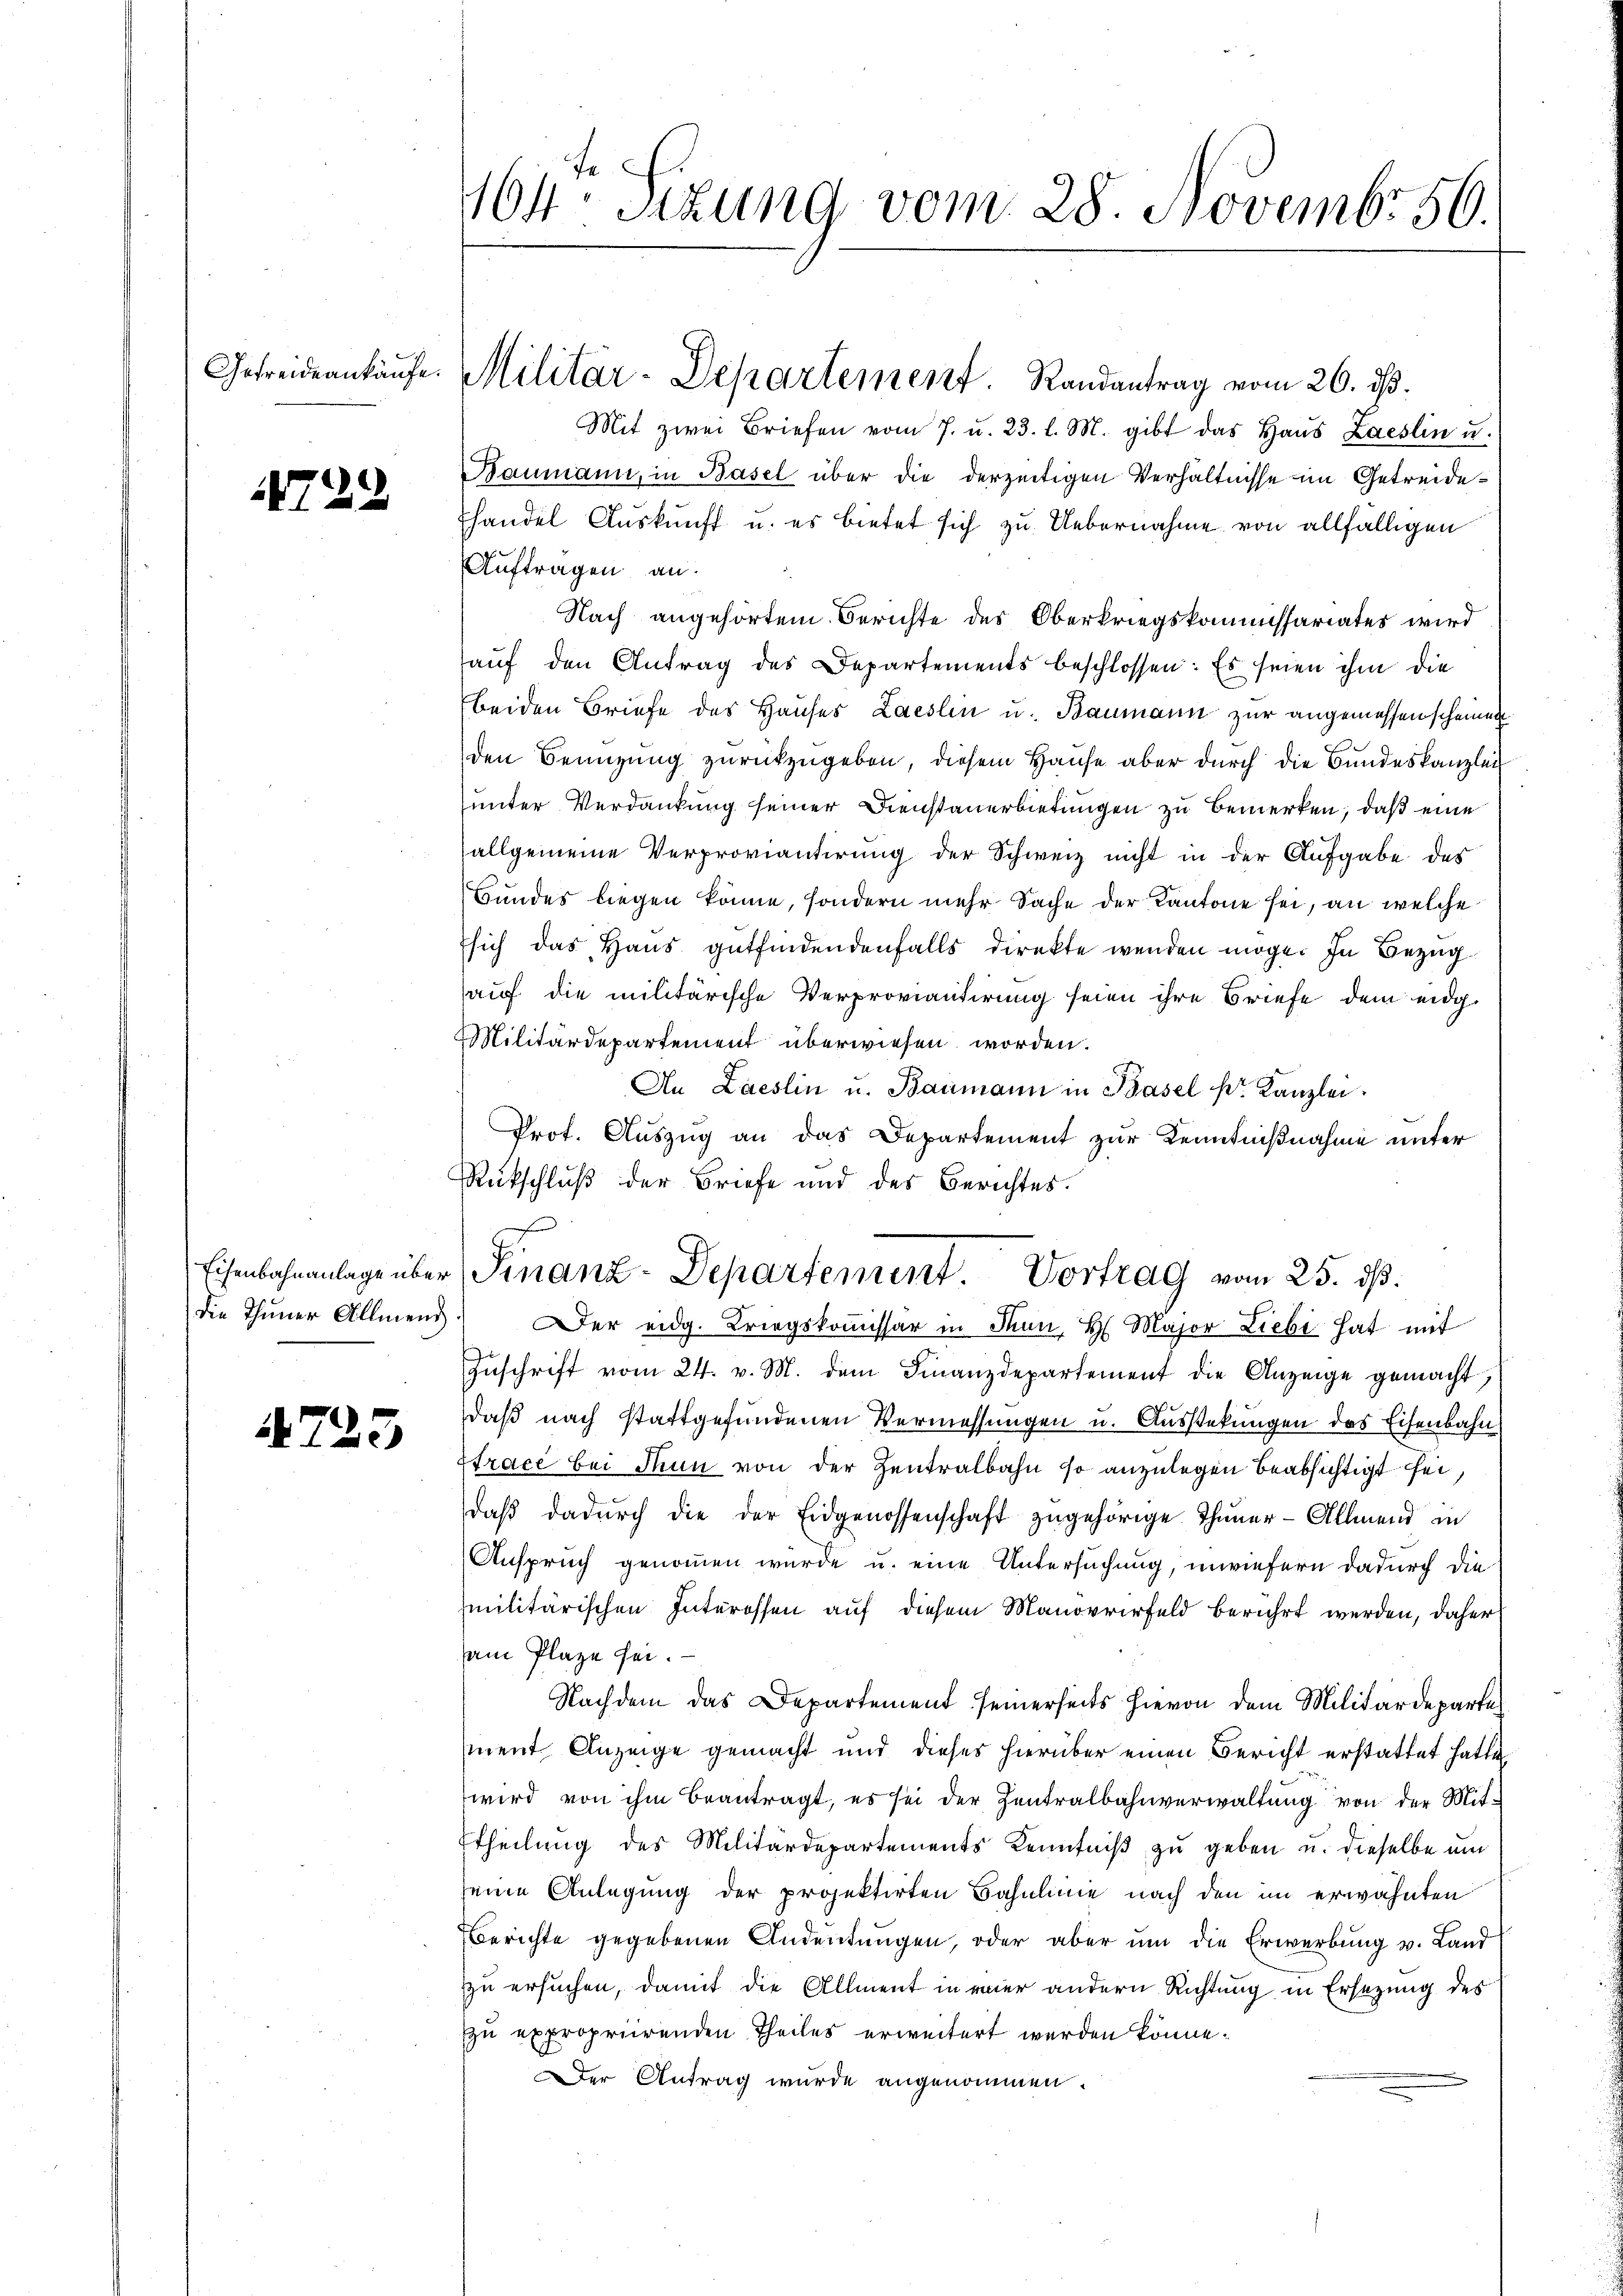
4722

4725

164 Sizung vom 28. Novembr 50.

Gefreideankaufe. Militär-Departement.   Randantrag vom 26. ds.

Mit zwei Briefen vom 7. u. 23. l. M. gibt das Haŭs Zaeslin u.
Baumann, in Basel über die derzeitigen Verhältnisse im Getreide¬
Ehandel Auskunft u. es bietet sich zu Uebernahme von allfälligen
Auftragen an.
Nach angehörtem Berichte des Oberkriegskommissariates wird
aŭf den Antrag des Departements beschlossen: Es seien ihm die
beiden Briefe des Hauses Laeslin u. Baumann zur angemessen scheine
den Benuzung zurückzugeben, diesem Hause aber durch die Bundeskanzlei
unter Verdankung seiner Dienstauerbietungen zu bemerken, daß eine
allgemeine Verproviantirung der Schweiz nicht in der Aufgabe des
Bundes liegen könne, sondern mehr Sache der Kantone sei, an welche
sich das Haus gutfindendenfalls direkte wenden möge. In Bezug
auf die militärische Verproviantirung seien ihre Briefe dem eidg¬
Militärdepartement überwiesen worden.
An Laeslin u. Baumann in Basel kr. Kanzlei.
Prof. Auszug an das Departement zur Kenntnißnahme unter
Rückschluß der Briefe und des Berichtes.
f
Eisenbahnanlage über Finanz-Departement. Vortrag vom 25. dß.
die Thüner Allmens er eidg. Kriegskoṁissar in Thun, H. Major Liebi hat mit
Zŭschrift vom 24. v. M. dem Finanzdepartement die Anzeige gemacht,
daß nach stattgefundenen Vermessungen u. Ausstekungen das Eisenbahn
Trace bei Thun von der Zentralbahn so anzulegen beabsichtigt sei,
daβ dadŭrch die der Eidgenossenschaft zŭgehörige Thuner-Allmend in
Anspruch genommen wurde u. eine Untersuchung, inwiefern dadurch die
militärischen Interossen auf diesem Manovrirfeld berührt werden, daher
am Plaze sei.
Nachdem das Departement seinerseits hievon dem Militärdepart.
ment Anzeige gemacht und dieses hierüber einen Bericht erstattet hat.
wird von ihm beantragt, es sei der Zentralbahnverwaltung von der Mit
Theilung des Militärdepartements Kenntniß zu geben u. dieselbe um
seine Anlegung der projektirten Bahnlinie nach den im erwähnten
Berichte gegebenen Andeutungen, oder aber ŭm die Erwerbung v. Land
zu ersuchen, damit die Allment in vier andern Richtung in Ersezung des
zu expropriirenden Theiles erweitert werden könne.
Der Antrag wurde angenommen.